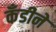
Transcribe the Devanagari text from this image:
कँडीने